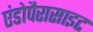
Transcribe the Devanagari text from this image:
एंडोपैरासाइट